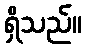
ရှိသည်။